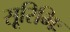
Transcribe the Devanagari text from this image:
सूरिभिः